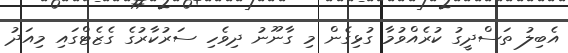
އެބިލު ތަސްދީގު ކުރެއްވުމާ ގުޅިގެން މި ގާނޫނު ދިވެހި ސަރުކާރުގެ ގެޒެޓްގައި މިއަދު